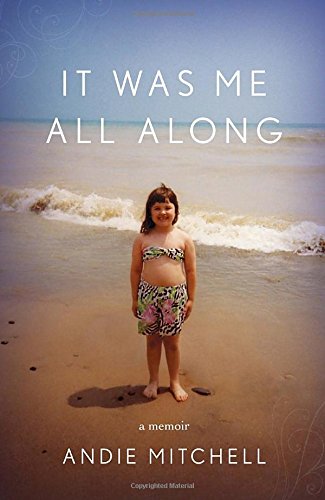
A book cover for It Was Me All Along: A Memoir; Andie Mitchell; Cookbooks, Food & Wine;